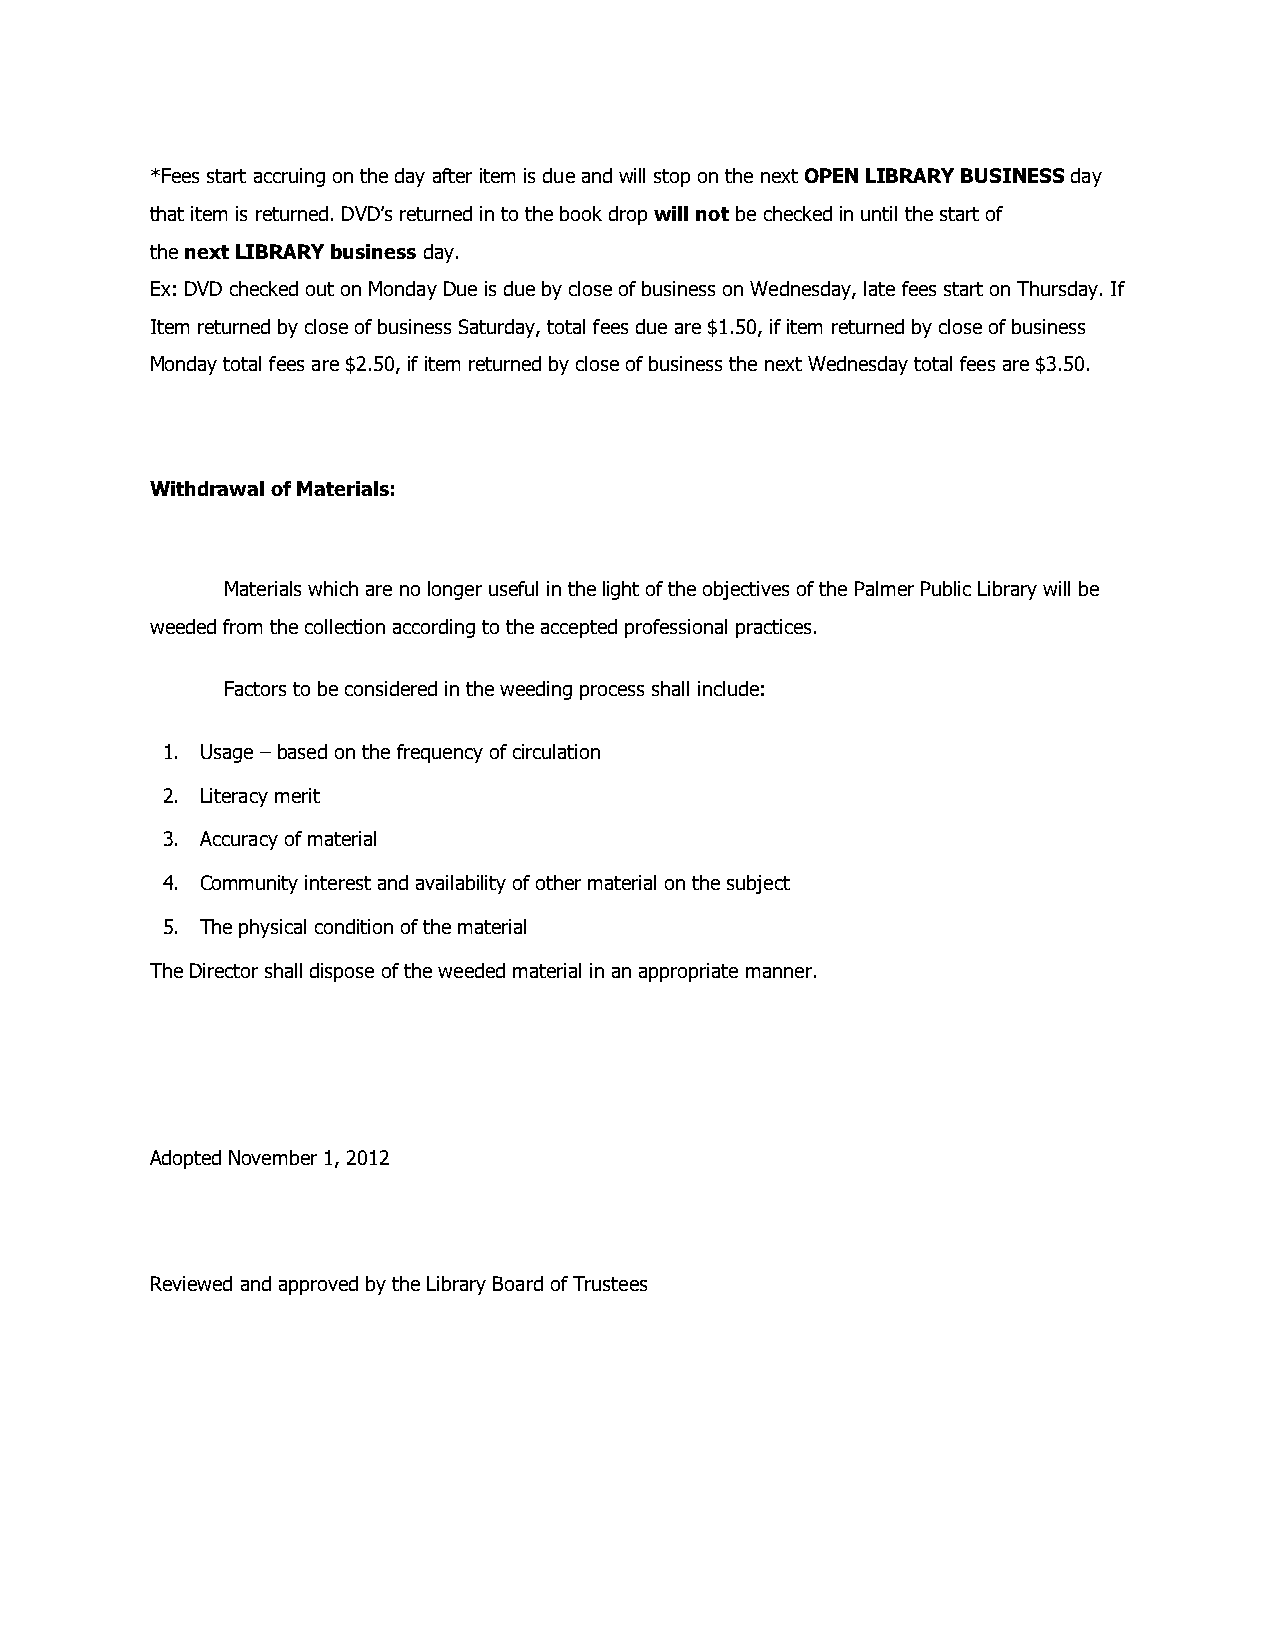
*Fees start accruing on the day after item is due and will stop on the next OPEN LIBRARY BUSINESS day
 that item is returned. DVD’s returned in to the book drop will not be checked in until the start of
 the next LIBRARY business day.
 Ex: DVD checked out on Monday Due is due by close of business on Wednesday, late fees start on Thursday. If
 Item returned by close of business Saturday, total fees due are $1.50, if item returned by close of business
 Monday total fees are $2.50, if item returned by close of business the next Wednesday total fees are $3.50.
 Withdrawal of Materials:
 Materials which are no longer useful in the light of the objectives of the Palmer Public Library will be
 weeded from the collection according to the accepted professional practices.
 Factors to be considered in the weeding process shall include:
 1. Usage – based on the frequency of circulation
 2. Literacy merit
 3. Accuracy of material
 4. Community interest and availability of other material on the subject
 5. The physical condition of the material
 The Director shall dispose of the weeded material in an appropriate manner.
 Adopted November 1, 2012
 Reviewed and approved by the Library Board of Trustees